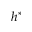
h ^ { * }